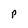
Character: p